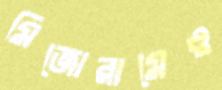
মিজোরামেও